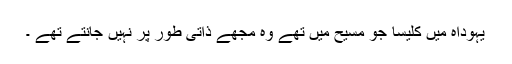
یہوداہ میں کلیسا جو مسیح میں تھے وہ مجھے ذاتی طور پر نہیں جانتے تھے ۔